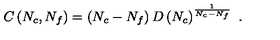
C \left( N _ { c } , N _ { f } \right) = \left( N _ { c } - N _ { f } \right) D \left( N _ { c } \right) ^ { \frac { 1 } { N _ { c } - N _ { f } } } \ .